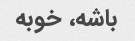
باشه، خوبه